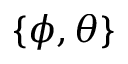
\{ \phi , \theta \}